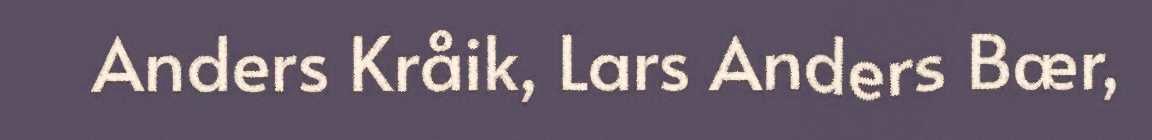
Anders Kråik, Lars Anders Bær,